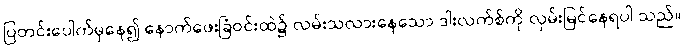
ပြတင်းပေါက်မှနေ၍ နောက်ဖေးခြံဝင်းထဲ၌ လမ်းသလားနေသော ဒါးလက်စ်ကို လှမ်းမြင်နေရပါ သည်။